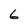
Character: 6